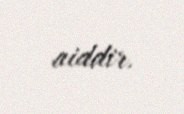
aiddir.